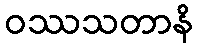
ဝဿသတာနိ